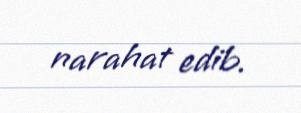
narahat edib.